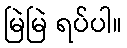
မြဲမြဲ ရပ်ပါ။